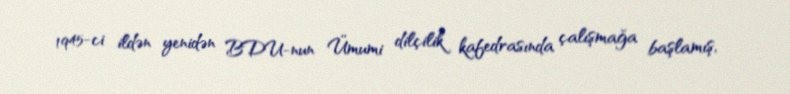
1945-ci ildən yenidən BDU-nun Ümumi dilçilik kafedrasında çalışmağa başlamış,